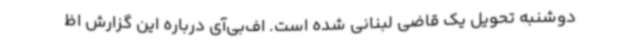
دوشنبه تحویل یک قاضی لبنانی شده است. اف‌بی‌آی درباره این گزارش اظ